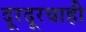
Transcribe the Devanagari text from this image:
दूरदूरचाही